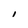
Character: I